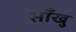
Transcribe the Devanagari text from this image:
साँखु